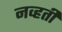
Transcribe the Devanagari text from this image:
नव्‍हती